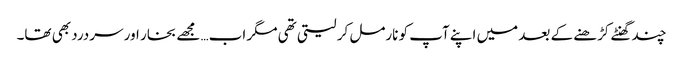
چند گھنٹے کڑھنے کے بعد میں اپنے آپ کو نارمل کر لیتی تھی مگر اب… مجھے بخار اور سردرد بھی تھا۔